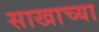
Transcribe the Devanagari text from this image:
साखाच्या